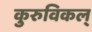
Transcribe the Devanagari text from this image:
कुरुविकल्